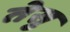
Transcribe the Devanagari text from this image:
तेसु